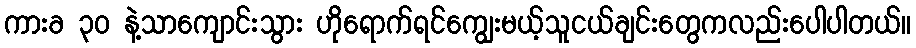
ကားခ ၃၀ နဲ့သာကျောင်းသွား ဟိုရောက်ရင်ကျွေးမယ့်သူငယ်ချင်းတွေကလည်းပေါပါတယ်။